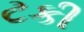
ટકી